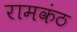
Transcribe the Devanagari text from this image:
रामकंठ